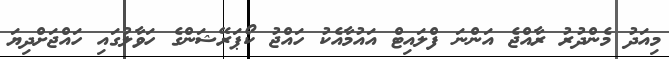
މިއަދު މެންދުރު ރާއްޖެ އަންނަ ފްލައިޓް އައުމާއެކު ހައްޖު ކޯޕަރޭޝަންގެ ހަވާލުގައި ހައްޖަށްދިޔަ